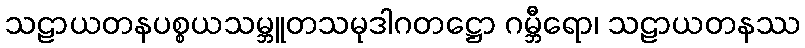
သဠာယတနပစ္စယသမ္ဘူတသမုဒါဂတဋ္ဌော ဂမ္ဘီရော၊ သဠာယတနဿ